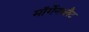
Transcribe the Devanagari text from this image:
मॉर्गेनब्लैट